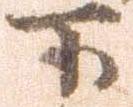
下